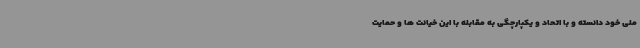
ملی خود دانسته و با اتحاد و یکپارچگی به مقابله با این خیانت ها و حمایت